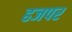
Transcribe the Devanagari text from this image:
हजपर